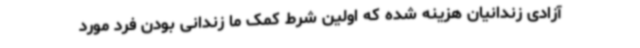
آزادی زندانیان هزینه شده که اولین شرط کمک ما زندانی بودن فرد مورد